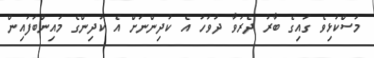
މުސްކުޅިވެ ގައިގެ ބާރު ދެރަވާ ދުވަހު އެ ކުދިންނަށް އެ ކުދިންގެ މައިންބަފައިން